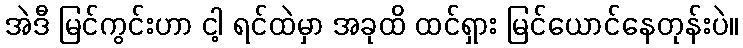
အဲဒီ မြင်ကွင်းဟာ ငါ့ ရင်ထဲမှာ အခုထိ ထင်ရှား မြင်ယောင်နေတုန်းပဲ။